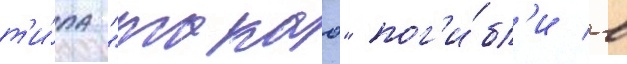
т'и́па "такао" пог'и́бл'и в